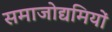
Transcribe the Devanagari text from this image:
समाजोद्यमियों